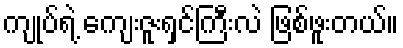
ကျုပ်ရဲ့ ကျေးဇူးရှင်ကြီးလဲ ဖြစ်ဖူးတယ်။